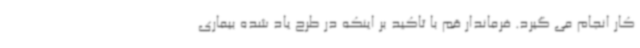
کار انجام می گیرد. فرماندار قم با تاکید بر اینکه در طرح یاد شده بیماری